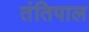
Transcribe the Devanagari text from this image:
तंतिपाल